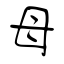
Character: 母